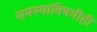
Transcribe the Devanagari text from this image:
समस्यांविषयीही